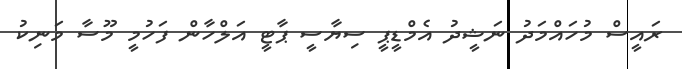
ރައީސް މުހައްމަދު ނަޝީދު އެމްޑީޕީ ސިޔާސީ ޕާޓީ އަލްހާން ފަހުމީ މޫސާ މަނިކު